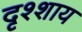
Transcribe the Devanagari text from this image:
दृश्शाय